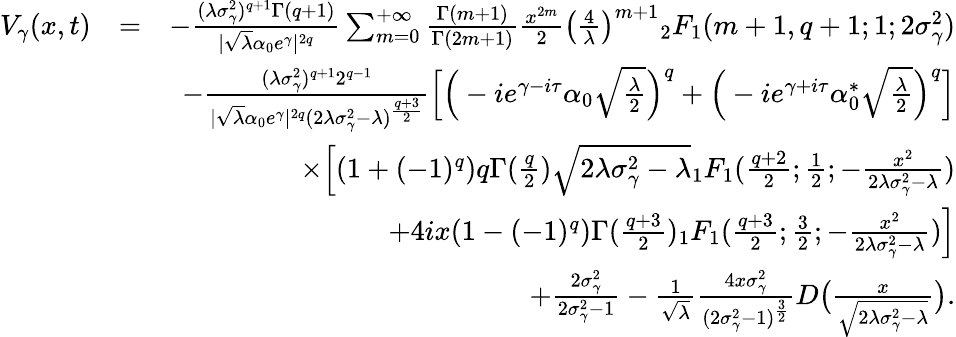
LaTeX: \begin{array}{rlr}{V_{\gamma}(x,t)}&{=}&{-\frac{(\lambda\sigma_{\gamma}^{2})^{q+1}\Gamma(q+1)}{|\sqrt{\lambda}\alpha_{0}e^{\gamma}|^{2q}}\sum_{m=0}^{+\infty}\frac{\Gamma(m+1)}{\Gamma(2m+1)}\frac{x^{2m}}{2}\big(\frac{4}{\lambda}\big)^{m+1}{_2F_{1}}(m+1,q+1;1;2\sigma_{\gamma}^{2})}\\ &{}&{-\frac{(\lambda\sigma_{\gamma}^{2})^{q+1}2^{q-1}}{|\sqrt{\lambda}\alpha_{0}e^{\gamma}|^{2q}(2\lambda\sigma_{\gamma}^{2}-\lambda)^{\frac{q+3}{2}}}\Big[\Big(-ie^{\gamma-i\tau}\alpha_{0}\sqrt{\frac{\lambda}{2}}\Big)^{q}+\Big(-ie^{\gamma+i\tau}\alpha_{0}^{*}\sqrt{\frac{\lambda}{2}}\Big)^{q}\Big]}\\ &{}&{\times\Big[(1+(-1)^{q})q\Gamma(\frac{q}{2})\sqrt{2\lambda\sigma_{\gamma}^{2}-\lambda}{_1F_{1}}(\frac{q+2}{2};\frac{1}{2};-\frac{x^{2}}{2\lambda\sigma_{\gamma}^{2}-\lambda})}\\ &{}&{+4ix(1-(-1)^{q})\Gamma(\frac{q+3}{2}){_1F_{1}}(\frac{q+3}{2};\frac{3}{2};-\frac{x^{2}}{2\lambda\sigma_{\gamma}^{2}-\lambda})\Big]}\\ &{}&{+\frac{2\sigma_{\gamma}^{2}}{2\sigma_{\gamma}^{2}-1}-\frac{1}{\sqrt{\lambda}}\frac{4x\sigma_{\gamma}^{2}}{(2\sigma_{\gamma}^{2}-1)^{\frac{3}{2}}}D\big(\frac{x}{\sqrt{2\lambda\sigma_{\gamma}^{2}-\lambda}}\big).}\end{array}